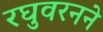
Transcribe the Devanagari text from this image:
रघुवरनने